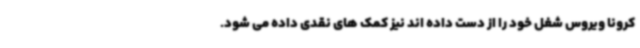
کرونا ویروس شغل خود را از دست داده اند نیز کمک های نقدی داده می شود.